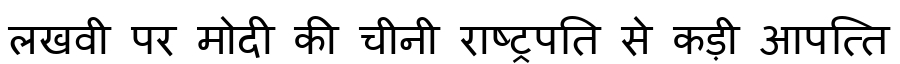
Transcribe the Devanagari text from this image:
लखवी पर मोदी की चीनी राष्ट्रपति से कड़ी आपत्ति